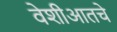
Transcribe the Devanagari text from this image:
वेशीआतचे